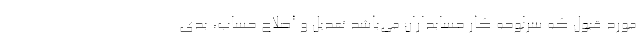
مورد قبول كه سرلوحه كار حسابداران مي‌باشد تعديل و اصلاح حساب، بدي